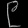
Digit: ၉